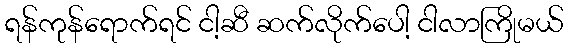
ရန်ကုန်ရောက်ရင် ငါ့ဆီ ဆက်လိုက်ပေါ့ ငါလာကြိုမယ်